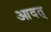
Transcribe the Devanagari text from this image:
आदत्